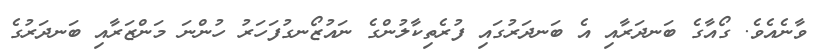
ވާނެއެވެ. ގޯއާގެ ބަނދަރާއި އެ ބަނދަރުގައި ފުރެތިކާލުންގެ ނައުޒޯނގުފަހަރު ހުންނަ މަންޒަރާއި ބަނދަރުގެ